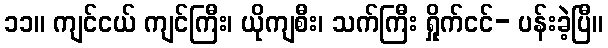
၁၁။ ကျင်ငယ် ကျင်ကြီး၊ ယိုကျစီး၊ သက်ကြီး ရှိုက်ငင်- ပန်းခဲ့ပြီ။